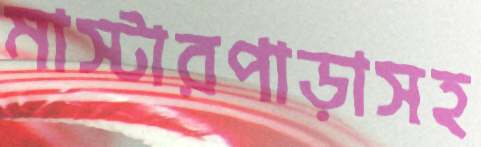
মাস্টারপাড়াসহ